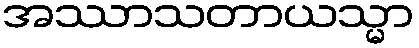
အဿာသတာယသ္မာ